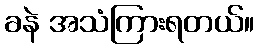
ခနဲ အသံကြားရတယ်။